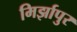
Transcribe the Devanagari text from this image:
मिर्झापुर